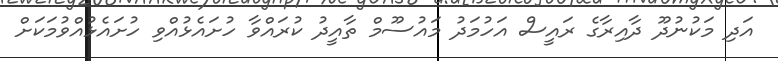
އަދި މަކުނުދޫ ދާއިރާގެ ރައީސް އަހުމަދު މައުސޫމް ތާއީދު ކުރައްވާ ހުށައެޅުއްވި ހުށައެޅުއްވުމަކަށް